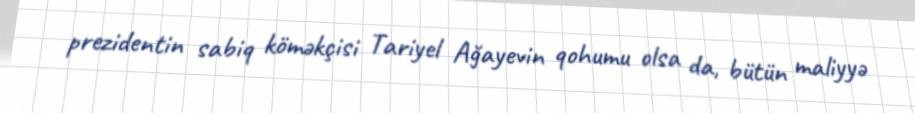
prezidentin sabiq köməkçisi Tariyel Ağayevin qohumu olsa da, bütün maliyyə